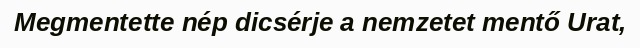
Megmentette nép dicsérje a nemzetet mentő Urat,